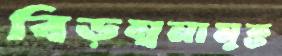
বিড়ম্বনামুক্ত